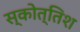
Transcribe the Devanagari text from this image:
स्कोत्तिश